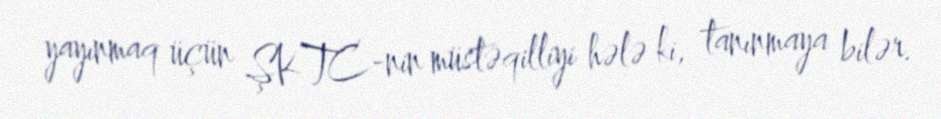
yayınmaq üçün ŞKTC-nin müstəqilliyi hələ ki, tanınmaya bilər.